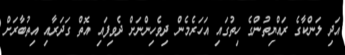
އަދި ލަންކާގެ ރައްޔިތުންގެ ހިތުގައި އަހަރެމެން ދިވެހިންނަށް ދެވިފައި އޮތް ގަދަރާއި އިތުބާރަށް